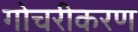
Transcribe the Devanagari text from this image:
गोचरीकरण